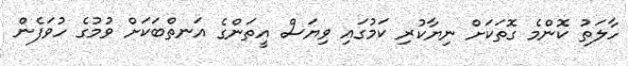
ހާލަތު ކޮންމެ ގޮތަކަށް ނިޔާކުރި ކަމުގައި ވިޔަސް އީތަންގެ އަނތްބަކަށް ވުމުގެ ހުވަފެން